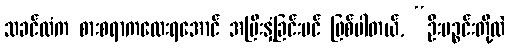
သခင်ထံက စားစရာကလေးရအောင် အမြီးနှံ့ခြင်းပင် ဖြစ်ပါတယ်, “ဦးပဉ္စင်းတို့လဲ